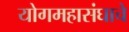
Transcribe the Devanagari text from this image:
योगमहासंघाचे